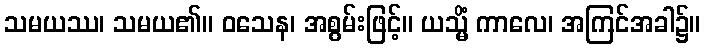
သမယဿ၊ သမယ၏။ ဝသေန၊ အစွမ်းဖြင့်။ ယသ္မိံ ကာလေ၊ အကြင်အခါ၌။